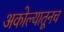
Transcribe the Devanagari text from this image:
अकोल्यातूनच